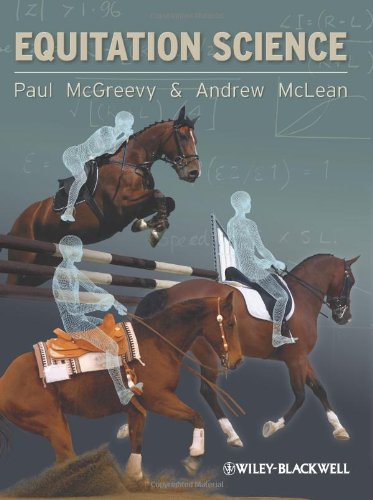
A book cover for Equitation Science; Paul McGreevy; Medical Books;